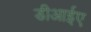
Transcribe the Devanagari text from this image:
डीआईए